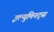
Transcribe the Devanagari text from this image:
इल्युमिनट्स